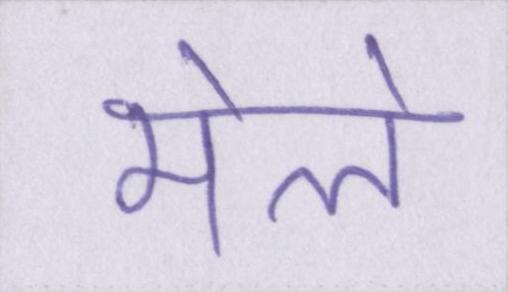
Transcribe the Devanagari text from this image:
मेले